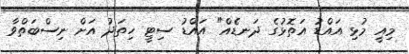
މިއީ މުޅި އައްޑު އަތޮޅުގެ ދަނޑެއް" އައްޑު ސިޓީ ހިތަދު އަށް ނިސްބަތްވާ